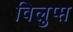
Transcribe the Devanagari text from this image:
विलुप्प्त